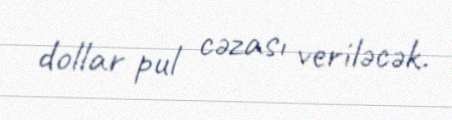
dollar pul cəzası veriləcək.